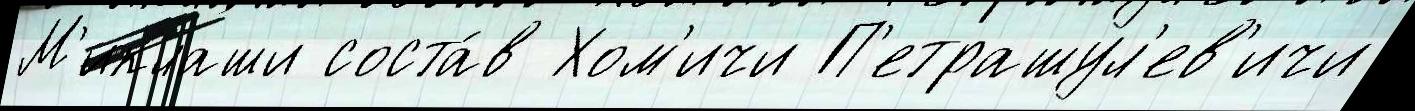
М'иклаши соста́в Хом'ичи П'етрашул'ев'ичи